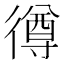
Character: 𢕰